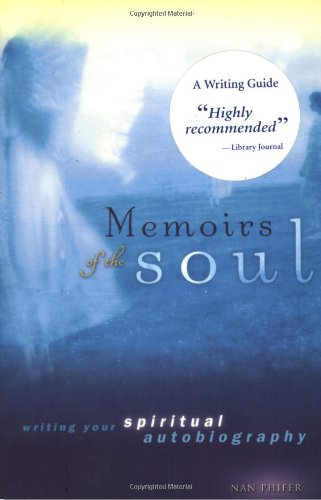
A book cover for Memoirs of the Soul: Writing Your Spiritual Autobiography; Nan Phifer; Self-Help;